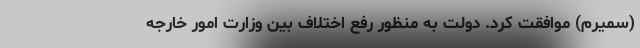
(سمیرم) موافقت کرد. دولت به منظور رفع اختلاف بین وزارت امور خارجه